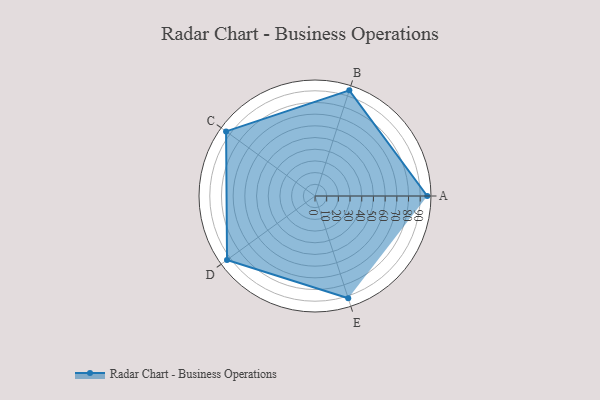
{"axis": {"x": "Skill", "y": "Score"}, "legend": ["Profile"], "data": [{"x": "A", "y": 96.0, "type": "Profile"}, {"x": "B", "y": 95.0, "type": "Profile"}, {"x": "C", "y": 94.0, "type": "Profile"}, {"x": "D", "y": 93.0, "type": "Profile"}, {"x": "E", "y": 92.0, "type": "Profile"}]}